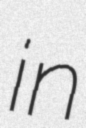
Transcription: in